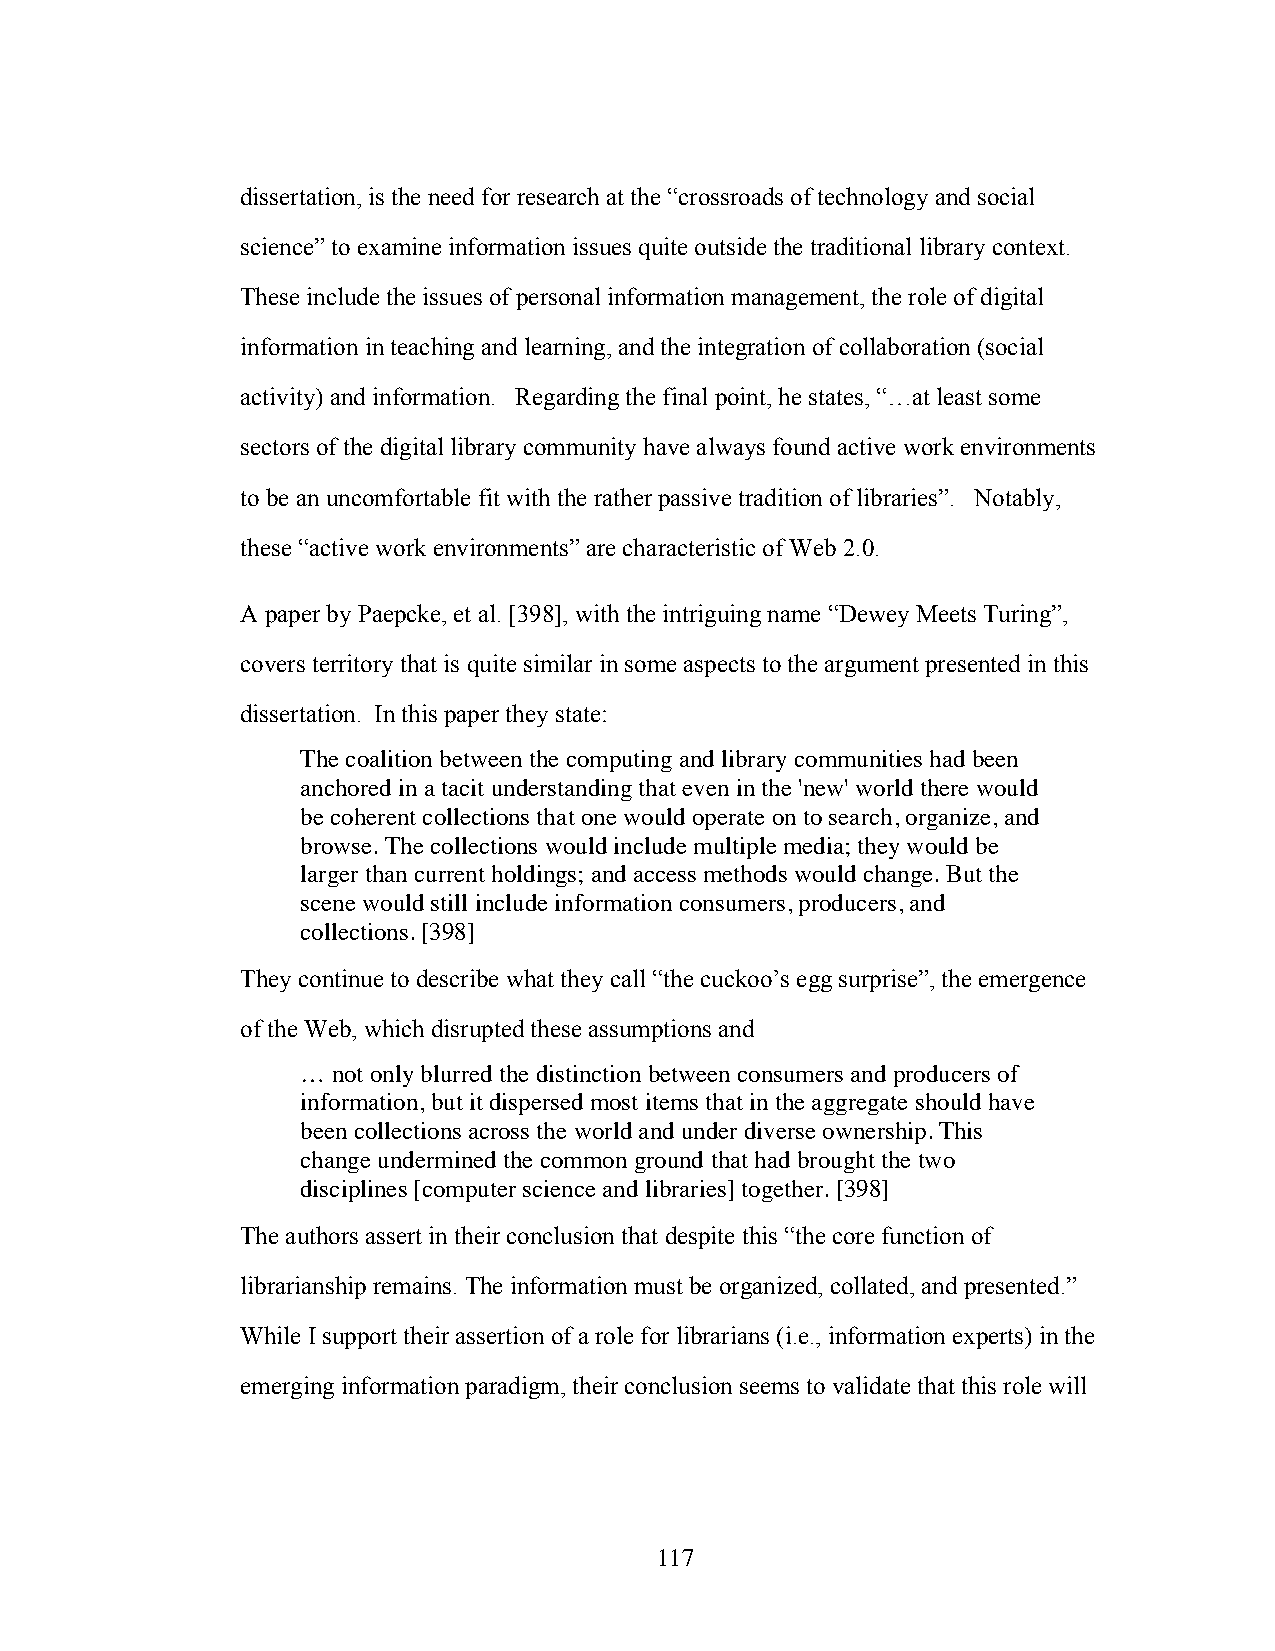
dissertation, is the need for research at the “crossroads of technology and social
 science” to examine information issues quite outside the traditional library context.
 These include the issues of personal information management, the role of digital
 information in teaching and learning, and the integration of collaboration (social
 activity) and information. Regarding the final point, he states, “…at least some
 sectors of the digital library community have always found active work environments
 to be an uncomfortable fit with the rather passive tradition of libraries”. Notably,
 these “active work environments” are characteristic of Web 2.0.
 A paper by Paepcke, et al. [398], with the intriguing name “Dewey Meets Turing”,
 covers territory that is quite similar in some aspects to the argument presented in this
 dissertation. In this paper they state:
 The coalition between the computing and library communities had been
 anchored in a tacit understanding that even in the 'new' world there would
 be coherent collections that one would operate on to search, organize, and
 browse. The collections would include multiple media; they would be
 larger than current holdings; and access methods would change. But the
 scene would still include information consumers, producers, and
 collections. [398]
 They continue to describe what they call “the cuckoo’s egg surprise”, the emergence
 of the Web, which disrupted these assumptions and
 … not only blurred the distinction between consumers and producers of
 information, but it dispersed most items that in the aggregate should have
 been collections across the world and under diverse ownership. This
 change undermined the common ground that had brought the two
 disciplines [computer science and libraries] together. [398]
 The authors assert in their conclusion that despite this “the core function of
 librarianship remains. The information must be organized, collated, and presented.”
 While I support their assertion of a role for librarians (i.e., information experts) in the
 emerging information paradigm, their conclusion seems to validate that this role will
 117